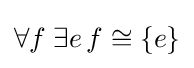
\forall f\;\exists e\,f\cong \{e\}